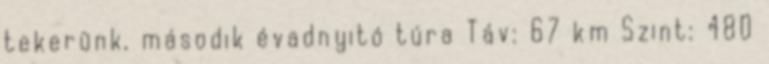
tekerünk, második évadnyitó túra Táv: 67 km Szint: 480